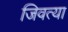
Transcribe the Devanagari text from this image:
जिवत्या